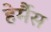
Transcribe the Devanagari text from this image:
हेर्मैस